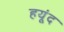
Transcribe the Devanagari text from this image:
हयूंद